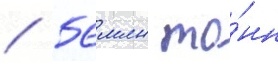
/ 56 млн то́нн